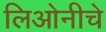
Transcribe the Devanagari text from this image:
लिओनीचे